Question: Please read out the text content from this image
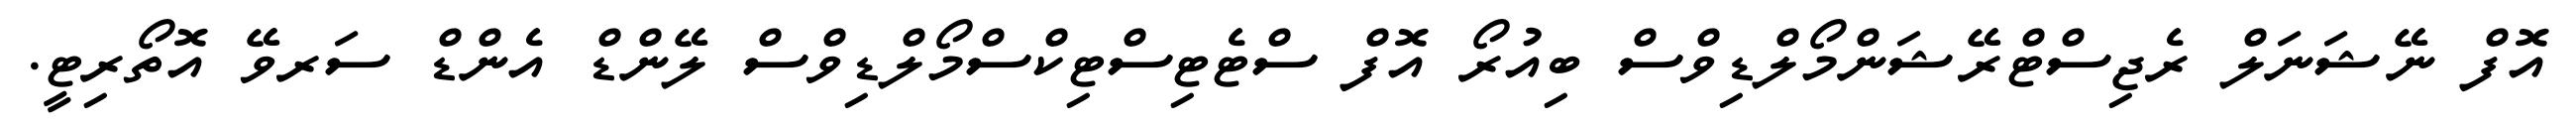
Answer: އޮފް ނޭޝަނަލް ރެޖިސްޓްރޭޝަންމޯލްޑިވްސް ބިއުރޯ އޮފް ސްޓެޓިސްޓިކްސްމޯލްޑިވްސް ލޭންޑް އެންޑް ސަރވޭ އޮތޯރިޓީ.